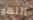
اللهو